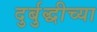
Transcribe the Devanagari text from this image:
दुर्बुद्धीच्या